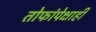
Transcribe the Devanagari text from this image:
तोफांपेक्षाही